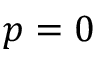
p = 0